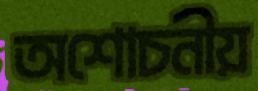
অশোচনীয়